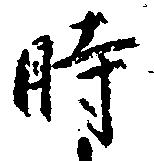
時